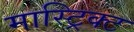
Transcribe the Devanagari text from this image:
मास्ट्रिक्ट